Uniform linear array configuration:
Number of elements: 64
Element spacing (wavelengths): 1
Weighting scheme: exponential
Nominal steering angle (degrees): -30
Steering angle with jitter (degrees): -28.87
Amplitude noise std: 0.05
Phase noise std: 0.05

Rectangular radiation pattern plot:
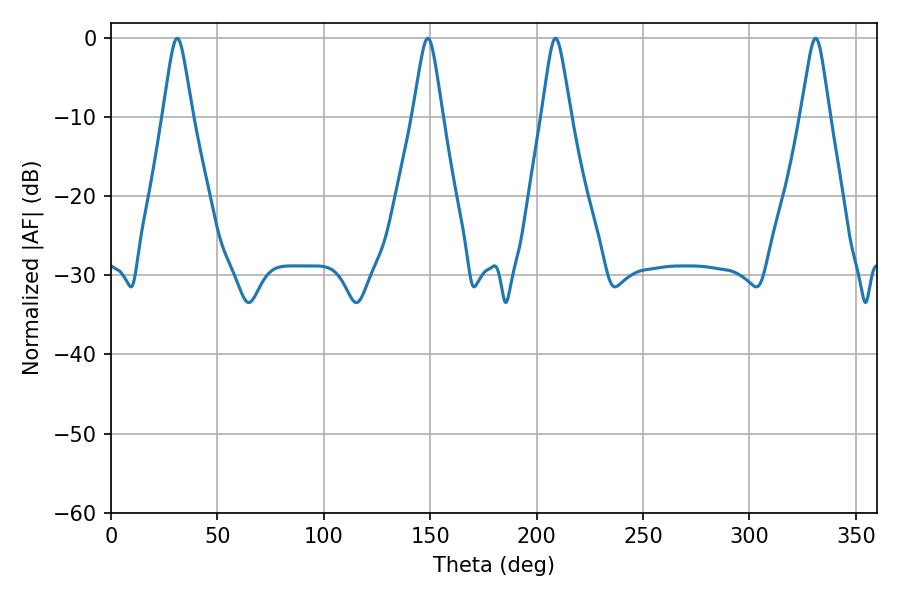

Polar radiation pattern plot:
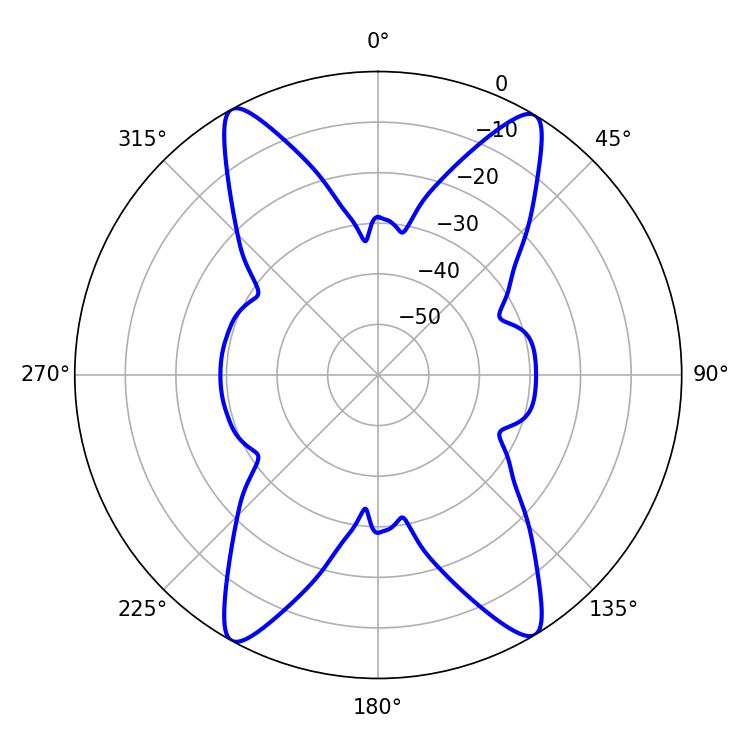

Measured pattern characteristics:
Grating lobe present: TRUE
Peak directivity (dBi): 22.228
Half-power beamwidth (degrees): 6.48
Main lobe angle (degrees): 31.14